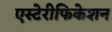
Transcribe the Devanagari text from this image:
एस्टेरीफिकेशन